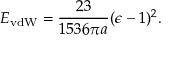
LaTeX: E _ { \mathrm { v d W } } = { \frac { 2 3 } { 1 5 3 6 \pi a } } ( \epsilon - 1 ) ^ { 2 } .